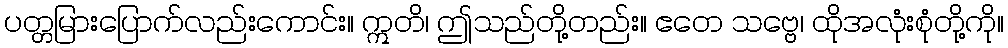
ပတ္တမြားပြောက်လည်းကောင်း။ ဣတိ၊ ဤသည်တို့တည်း။ ဧတေ သဗ္ဗေ၊ ထိုအလုံးစုံတို့ကို။